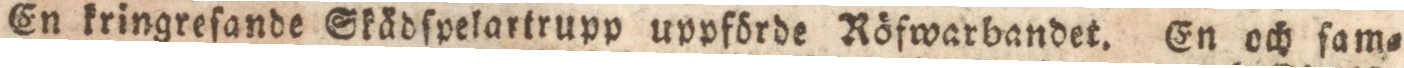
En kringreſande Skädſpelartrupp uppförde Röfwarbandet. En och ſam=